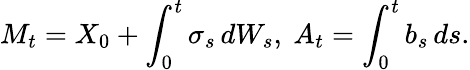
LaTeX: M_{t}=X_{0}+\int_{0}^{t}\sigma_{s}\, dW_{s},\ A_{t}=\int_{0}^{t}b_{s}\, ds.